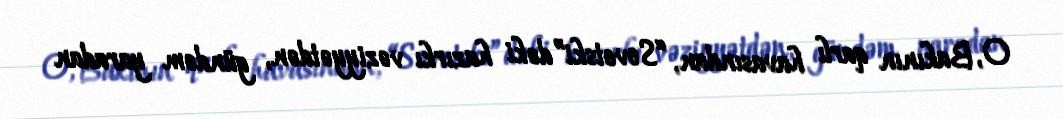
O, Bakının qarlı havasından, “Sovetski”dəki hazırkı vəziyyətdən, gündəm yaradan